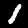
Digit: 1